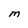
Character: M